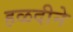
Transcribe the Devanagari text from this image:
हळदीने